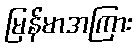
မြန်မာအကြား